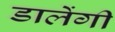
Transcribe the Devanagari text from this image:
डालेंगी